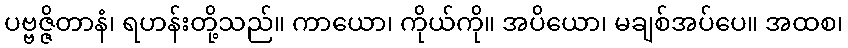
ပဗ္ဗဇ္ဇိတာနံ၊ ရဟန်းတို့သည်။ ကာယော၊ ကိုယ်ကို။ အပိယော၊ မချစ်အပ်ပေ။ အထစ၊